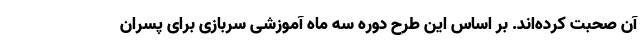
آن صحبت کرده‌اند. بر اساس این طرح دوره سه ماه آموزشی سربازی برای پسران